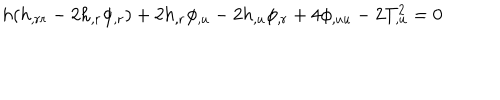
h ( h _ { , r r } - 2 h _ { , r } \phi _ { , r } ) + 2 h _ { , r } \phi _ { , u } - 2 h _ { , u } \phi _ { , r } + 4 \phi _ { , u u } - 2 T _ { , u } ^ { 2 } = 0